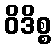
ဝိဒိစ္စ